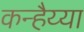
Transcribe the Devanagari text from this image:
कन्हैय्या